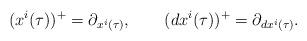
LaTeX: \begin{align*}(x^i(\tau))^+=\partial_{x^i(\tau)},\qquad (dx^i(\tau))^+=\partial_{dx^i(\tau)}.\end{align*}